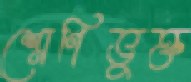
শ্রেণিভুক্ত